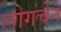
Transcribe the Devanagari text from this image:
लोगचेन